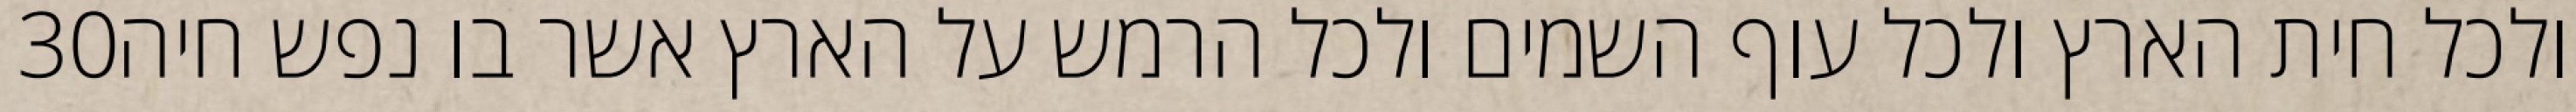
‎30‏ ולכל חית הארץ ולכל עוף השמים ולכל הרמש על הארץ אשר בו נפש חיה